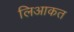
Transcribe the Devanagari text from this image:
लिआकत